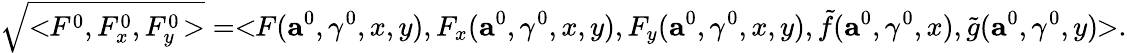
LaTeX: \sqrt{<\! \! F^{0},F_{x}^{0},F_{y}^{0}\! >}=<\! \! F(\mathbf{a}^{0},\gamma^{0},x,y),F_{x}(\mathbf{a}^{0},\gamma^{0},x,y),F_{y}(\mathbf{a}^{0},\gamma^{0},x,y),\tilde{f}(\mathbf{a}^{0},\gamma^{0},x),\tilde{g}(\mathbf{a}^{0},\gamma^{0},y)\! \! >.